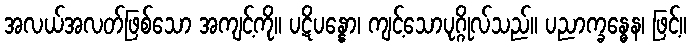
အလယ်အလတ်ဖြစ်သော အကျင့်ကို။ ပဋိပန္နော၊ ကျင့်သောပုဂ္ဂိုလ်သည်။ ပညာက္ခန္ဓေန၊ ဖြင့်။